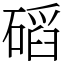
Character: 𥔿